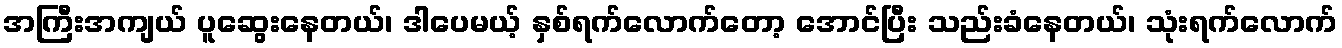
အကြီးအကျယ် ပူဆွေးနေတယ်၊ ဒါပေမယ့် နှစ်ရက်လောက်တော့ အောင်ပြီး သည်းခံနေတယ်၊ သုံးရက်လောက်